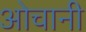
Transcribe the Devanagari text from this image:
ओचानी